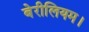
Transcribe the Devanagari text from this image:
बेरीलियम।